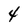
Character: 4